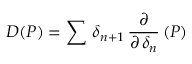
D ( P ) = \sum \, \delta _ { n + 1 } \, { \frac { \partial } { \partial \, \delta _ { n } } } \, ( P )